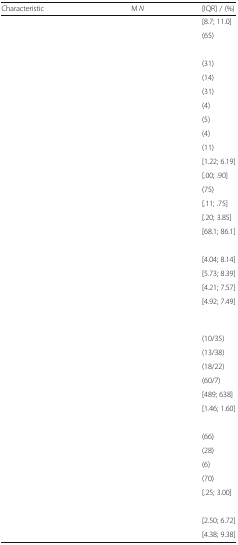
<table><thead><tr><td><b>Characteristic</b></td><td><b>M <i>N</i></b></td><td><b>[IQR] / (%)</b></td></tr></thead><tbody><tr><td>[EMPTY_CELL]</td><td>[EMPTY_CELL]</td><td>[8.7; 11.0]</td></tr><tr><td>[EMPTY_CELL]</td><td>[EMPTY_CELL]</td><td>(65)</td></tr><tr><td colspan="3">[EMPTY_CELL]</td></tr><tr><td>[EMPTY_CELL]</td><td>[EMPTY_CELL]</td><td>(31)</td></tr><tr><td>[EMPTY_CELL]</td><td>[EMPTY_CELL]</td><td>(14)</td></tr><tr><td>[EMPTY_CELL]</td><td>[EMPTY_CELL]</td><td>(31)</td></tr><tr><td>[EMPTY_CELL]</td><td>[EMPTY_CELL]</td><td>(4)</td></tr><tr><td>[EMPTY_CELL]</td><td>[EMPTY_CELL]</td><td>(5)</td></tr><tr><td>[EMPTY_CELL]</td><td>[EMPTY_CELL]</td><td>(4)</td></tr><tr><td>[EMPTY_CELL]</td><td>[EMPTY_CELL]</td><td>(11)</td></tr><tr><td>[EMPTY_CELL]</td><td>[EMPTY_CELL]</td><td>[1.22; 6.19]</td></tr><tr><td>[EMPTY_CELL]</td><td>[EMPTY_CELL]</td><td>[.00; .90]</td></tr><tr><td>[EMPTY_CELL]</td><td>[EMPTY_CELL]</td><td>(75)</td></tr><tr><td>[EMPTY_CELL]</td><td>[EMPTY_CELL]</td><td>[.11; .75]</td></tr><tr><td>[EMPTY_CELL]</td><td>[EMPTY_CELL]</td><td>[.20; 3.85]</td></tr><tr><td>[EMPTY_CELL]</td><td>[EMPTY_CELL]</td><td>[68.1; 86.1]</td></tr><tr><td colspan="3">[EMPTY_CELL]</td></tr><tr><td>[EMPTY_CELL]</td><td>[EMPTY_CELL]</td><td>[4.04; 8.14]</td></tr><tr><td>[EMPTY_CELL]</td><td>[EMPTY_CELL]</td><td>[5.73; 8.39]</td></tr><tr><td>[EMPTY_CELL]</td><td>[EMPTY_CELL]</td><td>[4.21; 7.57]</td></tr><tr><td>[EMPTY_CELL]</td><td>[EMPTY_CELL]</td><td>[4.92; 7.49]</td></tr><tr><td colspan="3">[EMPTY_CELL]</td></tr><tr><td>[EMPTY_CELL]</td><td>[EMPTY_CELL]</td><td>(10/35)</td></tr><tr><td>[EMPTY_CELL]</td><td>[EMPTY_CELL]</td><td>(13/38)</td></tr><tr><td>[EMPTY_CELL]</td><td>[EMPTY_CELL]</td><td>(18/22)</td></tr><tr><td>[EMPTY_CELL]</td><td>[EMPTY_CELL]</td><td>(60/7)</td></tr><tr><td>[EMPTY_CELL]</td><td>[EMPTY_CELL]</td><td>[489; 638]</td></tr><tr><td>[EMPTY_CELL]</td><td>[EMPTY_CELL]</td><td>[1.46; 1.60]</td></tr><tr><td colspan="3">[EMPTY_CELL]</td></tr><tr><td>[EMPTY_CELL]</td><td>[EMPTY_CELL]</td><td>(66)</td></tr><tr><td>[EMPTY_CELL]</td><td>[EMPTY_CELL]</td><td>(28)</td></tr><tr><td>[EMPTY_CELL]</td><td>[EMPTY_CELL]</td><td>(6)</td></tr><tr><td>[EMPTY_CELL]</td><td>[EMPTY_CELL]</td><td>(70)</td></tr><tr><td>[EMPTY_CELL]</td><td>[EMPTY_CELL]</td><td>[.25; 3.00]</td></tr><tr><td colspan="3">[EMPTY_CELL]</td></tr><tr><td>[EMPTY_CELL]</td><td>[EMPTY_CELL]</td><td>[2.50; 6.72]</td></tr><tr><td>[EMPTY_CELL]</td><td>[EMPTY_CELL]</td><td>[4.38; 9.38]</td></tr></tbody></table>